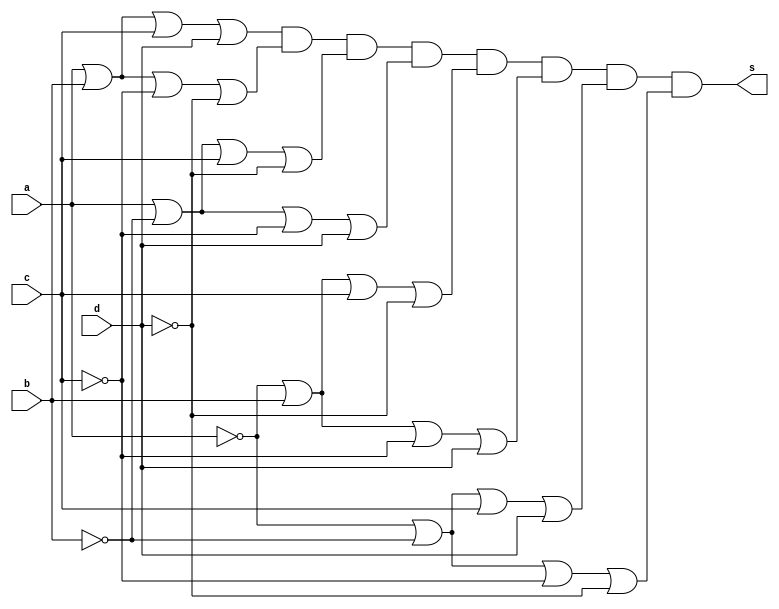
// Nome: Raphaela Fernanda Silva


module maxtermos (s,a,b,c,d);
output s;
input a,b,c,d;
wire s1,s2,s3,s4,s5,s6,s7,s8;


or OR1(s1,a,b,c,d);
or OR2(s2,a,b,~c,~d);
or OR3 (s3, a,~b,c,~d);
or OR4 (s4,a,~b,~c,d);
or OR5 (s5,~a,b,c,~d);
or OR6 (s6,~a,b,~c,d);
or OR7 (s7,~a,~b,c,d);
or OR8 (s8,~a,~b,~c,~d);


and AND1 (s,s1,s2,s3,s4,s5,s6,s7,s8); 


endmodule 

module testesmaxtermos;

wire s;
reg a,b,c,d;

maxtermos MT (s,a,b,c,d);

 initial begin
      $display("a  b   c   d  s");
      $monitor("%b  %b   %b   %b  %b", a, b, c, d, s);
  
	     a=0; b=0; c=0; d=0;  
    #1  a=0; b=0; c=0; d=1;
    #1  a=0; b=0; c=1; d=0;
    #1  a=0; b=0; c=1; d=1;
    #1  a=0; b=1; c=0; d=0;
 	 #1  a=0; b=1; c=0; d=1;
    #1  a=0; b=1; c=1; d=0;
    #1  a=0; b=1; c=1; d=1;
    #1  a=1; b=0; c=0; d=0;
    #1  a=1; b=0; c=0; d=1;
    #1  a=1; b=0; c=1; d=0;
    #1  a=1; b=0; c=1; d=1;
    #1  a=1; b=1; c=0; d=0;
    #1  a=1; b=1; c=0; d=1;
    #1  a=1; b=1; c=1; d=0;
    #1  a=1; b=1; c=1; d=1;


        
    end
    endmodule